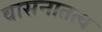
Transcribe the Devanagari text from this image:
वासनातत्व